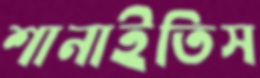
শানাইতিস